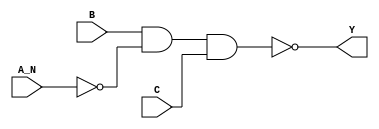
/*
 * Copyright 2020 The SkyWater PDK Authors
 *
 * Licensed under the Apache License, Version 2.0 (the "License");
 * you may not use this file except in compliance with the License.
 * You may obtain a copy of the License at
 *
 *     https://www.apache.org/licenses/LICENSE-2.0
 *
 * Unless required by applicable law or agreed to in writing, software
 * distributed under the License is distributed on an "AS IS" BASIS,
 * WITHOUT WARRANTIES OR CONDITIONS OF ANY KIND, either express or implied.
 * See the License for the specific language governing permissions and
 * limitations under the License.
 *
 * SPDX-License-Identifier: Apache-2.0
*/


`ifndef SKY130_FD_SC_LS__NAND3B_BEHAVIORAL_V
`define SKY130_FD_SC_LS__NAND3B_BEHAVIORAL_V

/**
 * nand3b: 3-input NAND, first input inverted.
 *
 * Verilog simulation functional model.
 */

`timescale 1ns / 1ps
`default_nettype none

`celldefine
module sky130_fd_sc_ls__nand3b (
    Y  ,
    A_N,
    B  ,
    C
);

    // Module ports
    output Y  ;
    input  A_N;
    input  B  ;
    input  C  ;

    // Module supplies
    supply1 VPWR;
    supply0 VGND;
    supply1 VPB ;
    supply0 VNB ;

    // Local signals
    wire not0_out   ;
    wire nand0_out_Y;

    //   Name   Output       Other arguments
    not  not0  (not0_out   , A_N            );
    nand nand0 (nand0_out_Y, B, not0_out, C );
    buf  buf0  (Y          , nand0_out_Y    );

endmodule
`endcelldefine

`default_nettype wire
`endif  // SKY130_FD_SC_LS__NAND3B_BEHAVIORAL_V